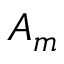
A _ { m }